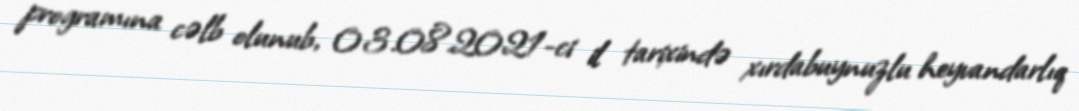
programına cəlb olunub, 03.08.2021-ci il tarixində xırdabuynuzlu heyvandarlıq